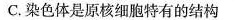
C.染色体是原核细胞特有的结构